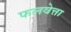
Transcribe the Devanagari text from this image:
फलवेत्ता